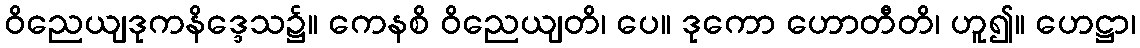
ဝိညေယျဒုကနိဒ္ဒေသ၌။ ကေနစိ ဝိညေယျတိ၊ ပေ။ ဒုကော ဟောတီတိ၊ ဟူ၍။ ဟေဋ္ဌာ၊